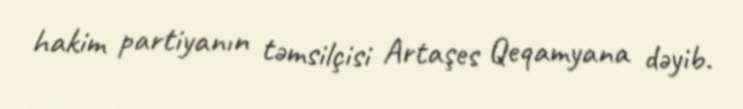
hakim partiyanın təmsilçisi Artaşes Qeqamyana dəyib.